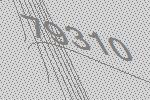
79310